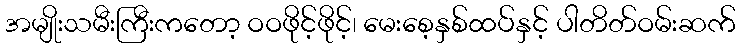
အမျိုးသမီးကြီးကတော့ ဝဝဖိုင့်ဖိုင့်၊ မေးစေ့နှစ်ထပ်နှင့် ပါတိတ်ဝမ်းဆက်